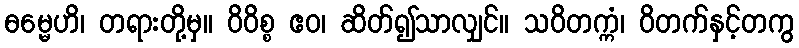
ဓမ္မေဟိ၊ တရားတို့မှ။ ဝိဝိစ္စ ဧဝ၊ ဆိတ်၍သာလျှင်။ သဝိတက္ကံ၊ ဝိတက်နှင့်တကွ